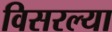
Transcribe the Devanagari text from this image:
विसरल्या